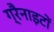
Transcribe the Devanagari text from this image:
ग्रैनाइटों